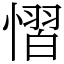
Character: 慴